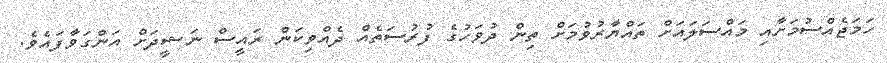
ހަމަޖެއްސުމަށާއި މައްސަލައަށް ތައްޔާރުވުމަށް ތިން ދުވަހުގެ ފުރުސަތެއް ދެއްވިކަން ރައީސް ނަޝީދަށް އަންގަވާފައެވެ.